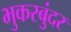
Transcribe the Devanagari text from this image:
भुकरबुंदर